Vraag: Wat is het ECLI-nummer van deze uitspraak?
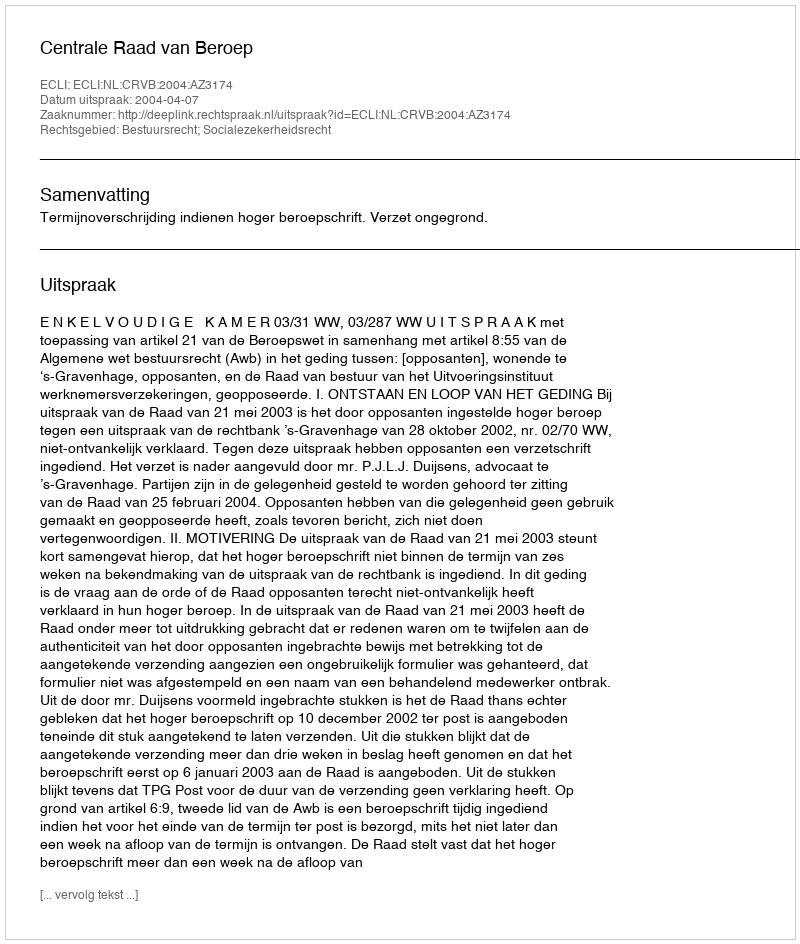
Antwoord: ECLI:NL:CRVB:2004:AZ3174